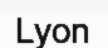
Lyon